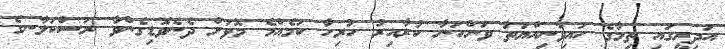
އަދިރީގައި ތިމާގެ ހައިވާނިއްޔަތު ވަންހަނާ ކުރާއިރު ހުރިހާ ކަމެއްމެ މޮޅަށް ދެނެވޮޑިގެންވާ ރަސްކަލާނގެ